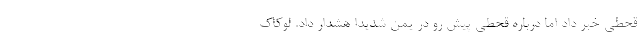
قحطی خبر داد اما درباره قحطی پیش رو در یمن شدیدا هشدار داد. لوکاک